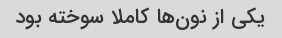
یکی از نون‌ها کاملا سوخته بود